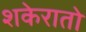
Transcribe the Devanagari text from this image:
शकेरातो